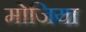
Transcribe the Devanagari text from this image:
मोजिया